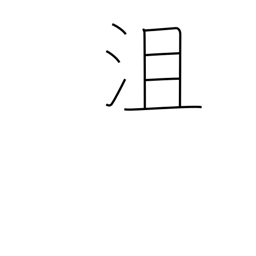
Meaning: defeated